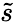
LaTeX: \tilde{s}